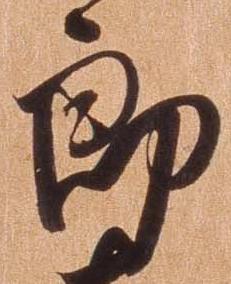
郎